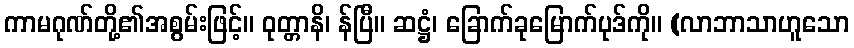
ကာမဂုဏ်တို့၏အစွမ်းဖြင့်။ ဝုတ္တာနိ၊ န်ပြီ။ ဆဋ္ဌံ၊ ခြောက်ခုမြောက်ပုဒ်ကို။ (လာဘာသာဟူသော